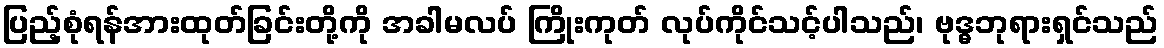
ပြည့်စုံရန်အားထုတ်ခြင်းတို့ကို အခါမလပ် ကြိုးကုတ် လုပ်ကိုင်သင့်ပါသည်၊ ဗုဒ္ဓဘုရားရှင်သည်